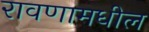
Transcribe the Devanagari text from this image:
रावणामधील